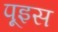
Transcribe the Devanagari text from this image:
पूइस